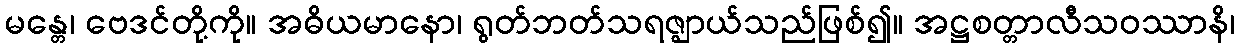
မန္တေ၊ ဗေဒင်တို့ကို။ အဓိယမာနော၊ ရွတ်ဘတ်သရဇ္ဈာယ်သည်ဖြစ်၍။ အဋ္ဌစတ္တာလီသဝဿာနိ၊